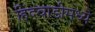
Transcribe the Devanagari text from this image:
हिंदवाडीमध्ये